Leaving Certificate Examination (including Day School Certificate (Higher) General paper), 1927
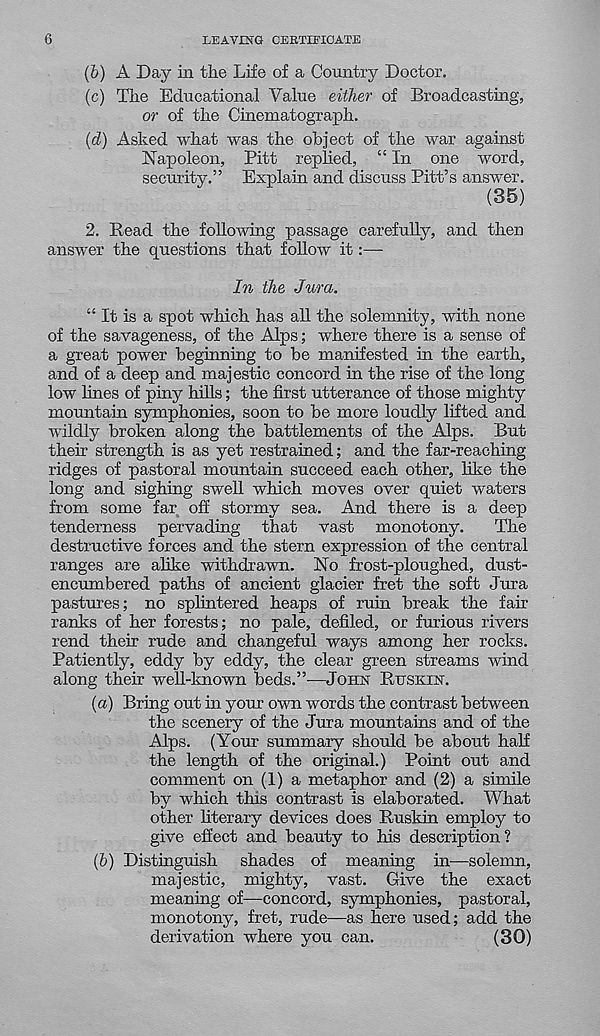
6
LEAVING CERTIFICATE
(b) A Day in the Life of a Country Doctor.
(c) The Educational Value either of Broadcasting,
or of the Cinematograph.
(d) Asked what was the object of the war against
Napoleon, Pitt replied, “ In one word,
security.” Explain and discuss Pitt’s answer.
(35)
2. Read the following passage carefully, and then
answer the questions that follow it:—-
In the Jura.
“ It is a spot which has all the solemnity, with none
of the savageness, of the Alps; where there is a sense of
a great power beginning to be manifested in the earth,
and of a deep and majestic concord in the rise of the long
low lines of piny hills; the first utterance of those mighty
mountain symphonies, soon to be more loudly lifted and
wildly broken along the battlements of the Alps. But
their strength is as yet restrained; and the far-reaching
ridges of pastoral mountain succeed each other, hire the
long and sighing swell which moves over quiet waters
from some far off stormy sea. And there is a deep
tenderness pervading that vast monotony.
The
destructive forces and the stern expression of the central
ranges are alike withdrawn. No frost-ploughed, dust-
encumbered paths of ancient glacier fret the soft Jura
pastures; no splintered heaps of ruin break the fair
ranks of her forests; no pale, defiled, or furious rivers
rend their rude and changeful ways among her rocks.
Patiently, eddy by eddy, the clear green streams wind
along their well-known beds.”-—JOHN RTTSKIN.
(а) Bring out in your own words the contrast between
the scenery of the Jura mountains and of the
Alps. (Your summary should be about half
the length of the original.) Point out and
comment on (1) a metaphor and (2) a simile
by which this contrast is elaborated. What
other literary devices does Ruskin employ to
give efiect and beauty to his description?
(б) Distinguish shades of meaning in-—solemn,
majestic, mighty, vast. Give the exact
meaning of—concord, symphonies, pastoral,
monotony, fret, rude—as here used; add the
derivation where you can.
(30)